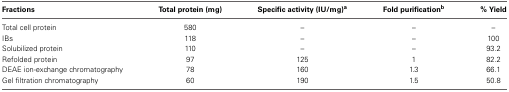
<table><thead><tr><td><b>Fractions</b></td><td><b>Total protein (mg)</b></td><td><b>Specific activity (IU/mg)<sup>a</sup></b></td><td><b>Fold purification<sup>b</sup></b></td><td><b>% Yield</b></td></tr></thead><tbody><tr><td>Total cell protein</td><td>580</td><td>–</td><td>–</td><td>–</td></tr><tr><td>IBs</td><td>118</td><td>–</td><td>–</td><td>100</td></tr><tr><td>Solubilized protein</td><td>110</td><td>–</td><td>–</td><td>93.2</td></tr><tr><td>Refolded protein</td><td>97</td><td>125</td><td>1</td><td>82.2</td></tr><tr><td>DEAE ion-exchange chromatography</td><td>78</td><td>160</td><td>1.3</td><td>66.1</td></tr><tr><td>Gel filtration chromatography</td><td>60</td><td>190</td><td>1.5</td><td>50.8</td></tr></tbody></table>